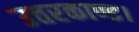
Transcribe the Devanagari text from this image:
उत्तरकाण्ड।